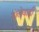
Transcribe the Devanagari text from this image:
हालेवाडी